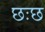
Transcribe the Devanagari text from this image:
छःछ